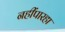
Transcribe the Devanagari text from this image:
नहींपारहा